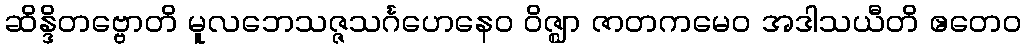
ဆိန္ဒိတဗ္ဗောတိ မူလဘေသဇ္ဇသင်္ဂဟေနေဝ ဝိဇ္ဈာ ဇာတကမေဝ အဒါသယီတိ ဧတေဝ